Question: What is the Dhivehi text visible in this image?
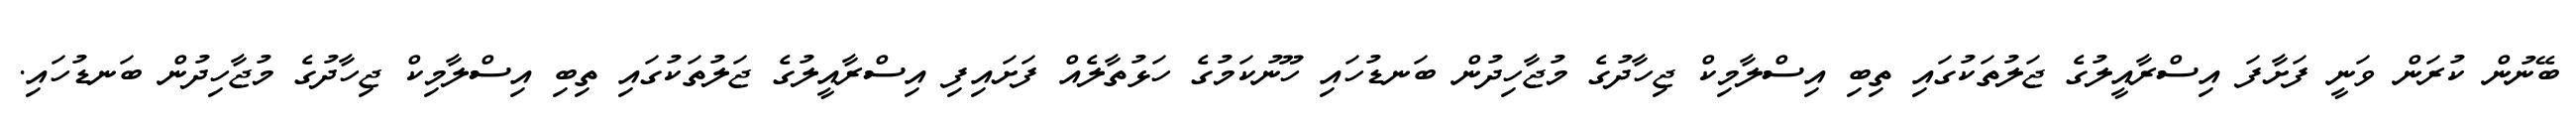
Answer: ބޭނުން ކުރަން ވަނީ ފަށާފަ އިސްރާއީލުގެ ޖަލުތަކުގައި ތިބި އިސްލާމިކް ޖިހާދުގެ މުޖާހިދުން ބަނޑުހައި ހޫނުކަމުގެ ހަޅުތާލެއް ފަށައިފި އިސްރާއީލުގެ ޖަލުތަކުގައި ތިބި އިސްލާމިކް ޖިހާދުގެ މުޖާހިދުން ބަނޑުހައި.